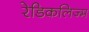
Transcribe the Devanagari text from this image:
रेडिकलिज्म